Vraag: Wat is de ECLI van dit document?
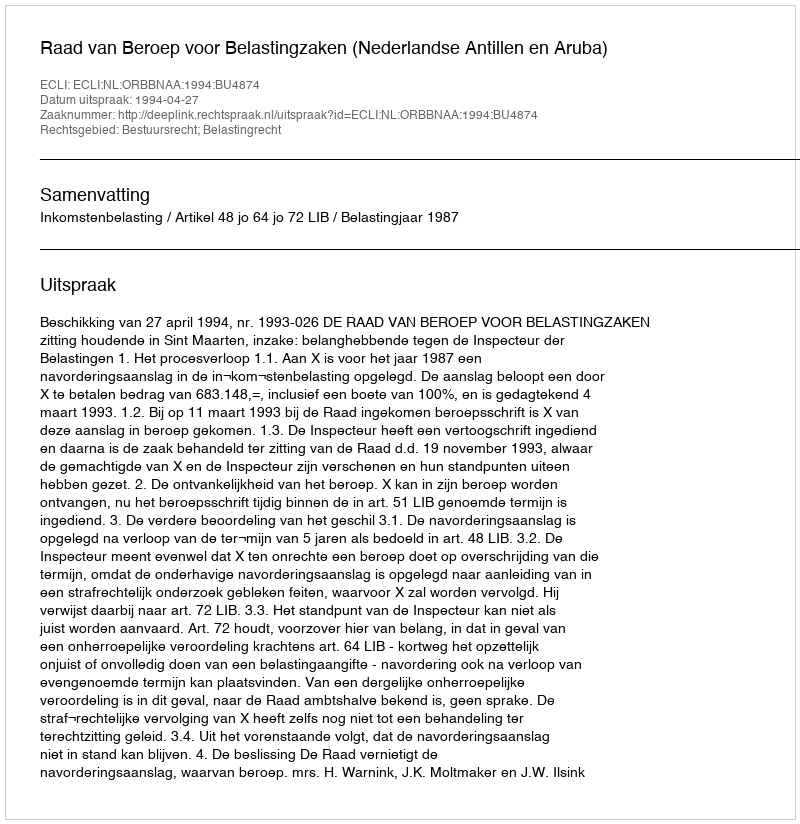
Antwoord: ECLI:NL:ORBBNAA:1994:BU4874